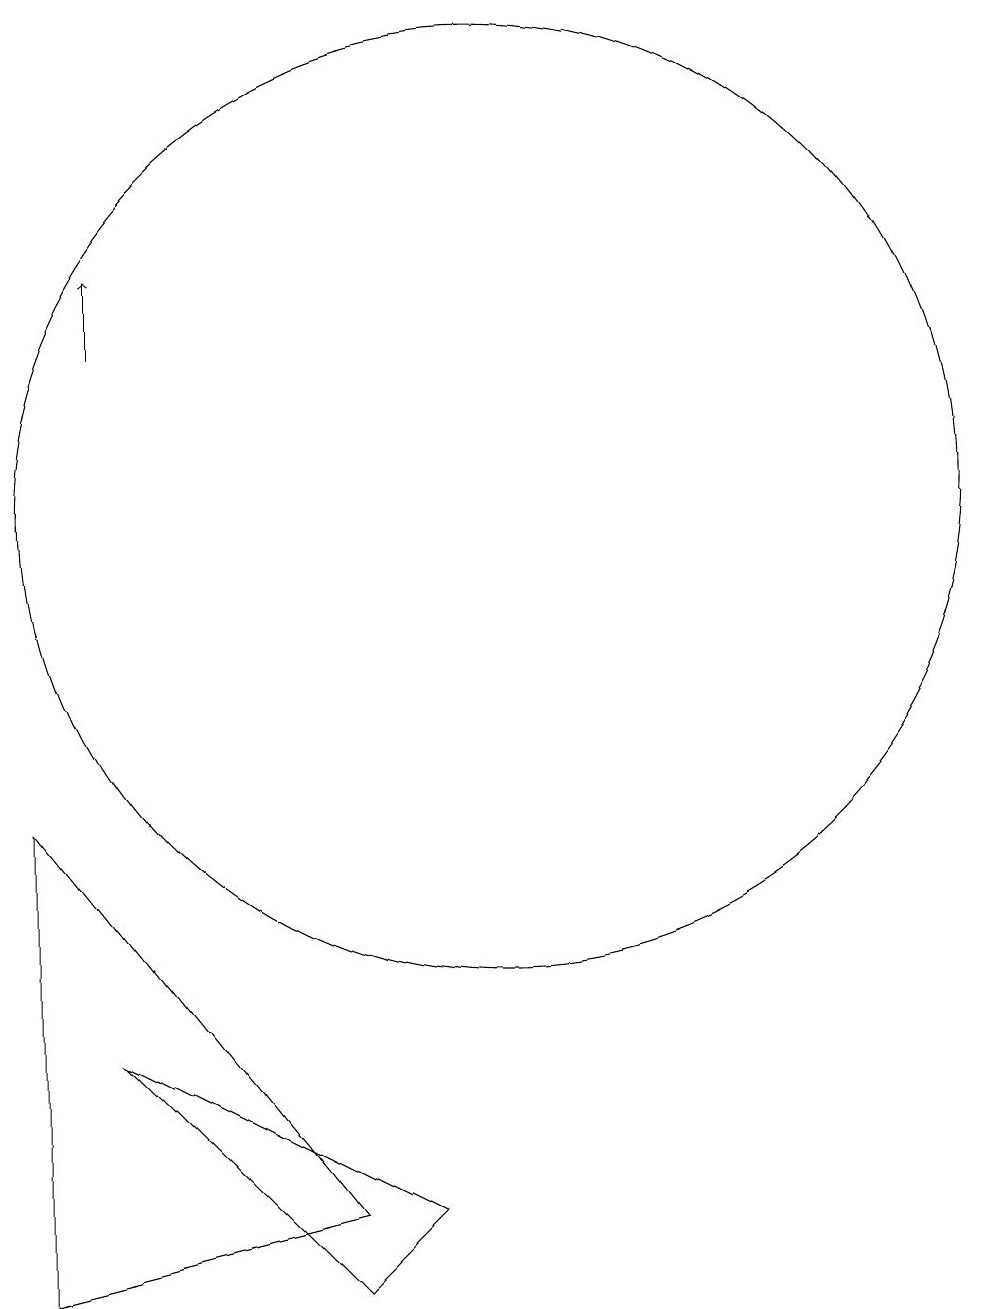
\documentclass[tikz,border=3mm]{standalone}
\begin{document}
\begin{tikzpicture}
\draw (10,10) circle (6);
\draw (4,0) -- (4,6) -- (8,1) -- cycle;
\draw (8,0) -- (9,1) -- (5,3) -- cycle;
\draw[->] (5,12) -- (5,13);
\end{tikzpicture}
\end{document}